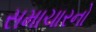
સમાચારનો